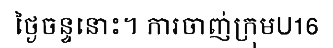
ថ្ងៃចន្ទនោះ។ ការចាញ់ក្រុមU16